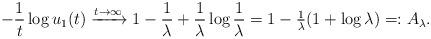
LaTeX: \begin{align*} -\frac1t\log u_1(t) &\xrightarrow{t\to\infty} 1 - \frac1\lambda + \frac1\lambda\log\frac1\lambda = 1 - \tfrac1\lambda(1+\log\lambda) =:A_{\lambda}. \end{align*}